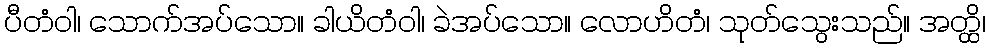
ပီတံဝါ၊ သောက်အပ်သော။ ခါယိတံဝါ၊ ခဲအပ်သော။ လောဟိတံ၊ သုတ်သွေးသည်။ အတ္ထိ၊